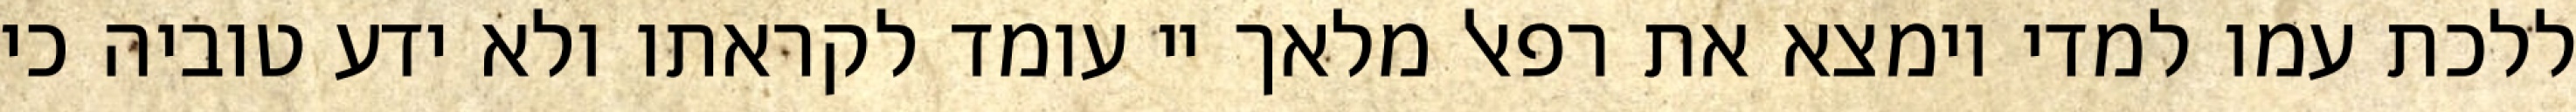
ללכת עמו למדי וימצא את רפאל מלאך יי עומד לקראתו ולא ידע טוביה כי